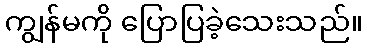
ကျွန်မကို ပြောပြခဲ့သေးသည်။